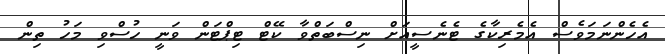
އެހެންނަމަވެސް އެމެރިކާގެ ޓެނެސީއަށް ނިސްބަތްވާ ކޭޓް ޓިޕްޓަން ވަނީ ހުސްވި މަހު ތިން